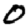
Digit: 0